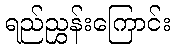
ရည်ညွှန်းကြောင်း